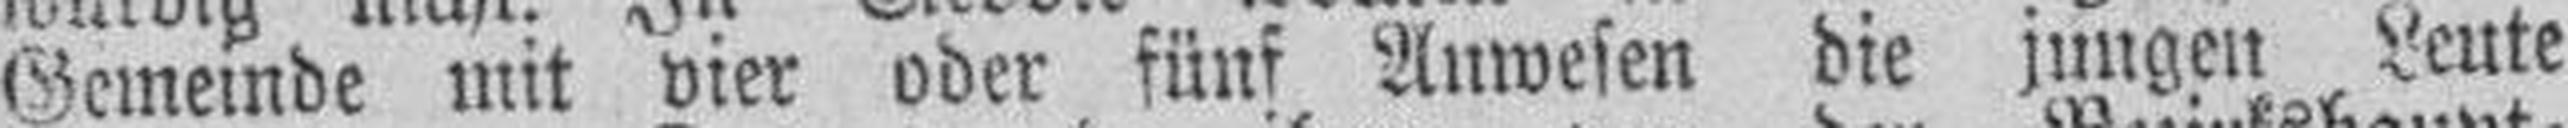
Gemeinde mit vier oder fünf Anwesen die jungen Leute